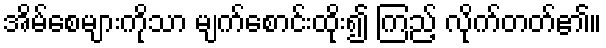
အိမ်စေများကိုသာ မျက်စောင်းထိုး၍ ကြည့် လိုက်တတ်၏။